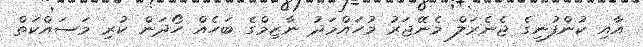
އާއި ކުންފުނީގެ ޖެނެރަލް މެނޭޖަރު މުހައްމަދު ނާޒިމްގެ ބަހެއް ހޯދަން ކުރި މަސައްކަތް